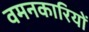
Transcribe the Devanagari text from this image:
वमनकारियों